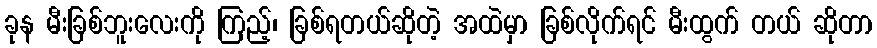
ခုန မီးခြစ်ဘူးလေးကို ကြည့်၊ ခြစ်ရတယ်ဆိုတဲ့ အထဲမှာ ခြစ်လိုက်ရင် မီးထွက် တယ် ဆိုတာ